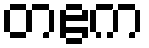
တဧက